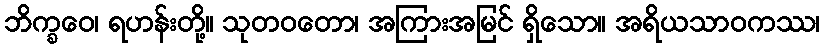
ဘိက္ခဝေ၊ ရဟန်းတို့။ သုတဝတော၊ အကြားအမြင် ရှိသော။ အရိယသာဝကဿ၊